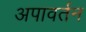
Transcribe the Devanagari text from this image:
अपावर्तन